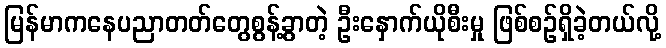
မြန်မာကနေပညာတတ်တွေစွန့်ခွာတဲ့ ဦးနှောက်ယိုစီးမှု ဖြစ်စဉ်ရှိခဲ့တယ်လို့